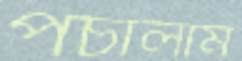
পচালাম